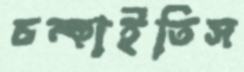
চম্‌কাইতিস